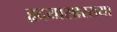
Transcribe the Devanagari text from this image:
हृदयासारख्या